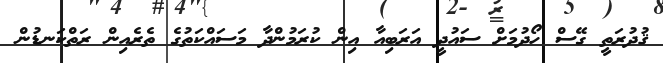
ޤުދުރަތީ ގޭސް ހޯދުމަށް ސައުދީ އަރަބިއާ އިން ކުރަމުންދާ މަސައްކަތުގެ ތެރެއިން ރަތްކަނޑުން